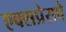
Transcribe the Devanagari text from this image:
एक्सप्रेसपे